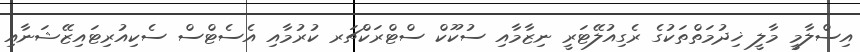
އިސްލާމީ މާލީ ޚިދުމަތްތަކުގެ ރެގިއުލޭޓަރީ ނިޒާމާއި ސުކޫކް ސްޓްރަކްޗަރ ކުރުމާއި އެސެޓްސް ސެކިއުރިޓައިޒޭޝަނާއި